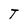
Character: T